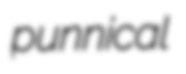
punnical